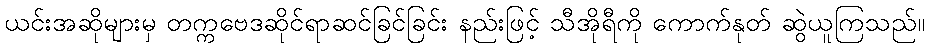
ယင်းအဆိုများမှ တက္ကဗေဒဆိုင်ရာဆင်ခြင်ခြင်း နည်းဖြင့် သီအိုရီကို ကောက်နုတ် ဆွဲယူကြသည်။